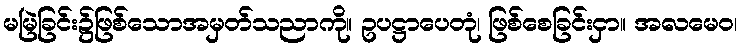
မမြဲခြင်း၌ဖြစ်သောအမှတ်သညာကို။ ဥပဋ္ဌာပေတုံ၊ ဖြစ်စေခြင်းငှာ။ အလမေဝ၊